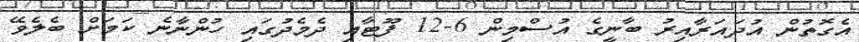
އެގޮތުން އުދައަރާއިރު ބާނީގެ އުސްމިން 6-12 ފޫޓާއި ދެމެދުގައި ހުންނާނެ ކަމަށް ބެލެވޭ